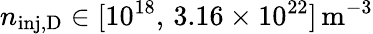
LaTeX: n_{\mathrm{inj,D}}\in[10^{18},\, 3.16\times 10^{22}]\, \mathrm{m^{-3}}